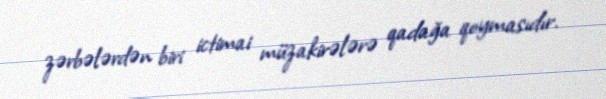
zərbələrdən biri ictimai müzakirələrə qadağa qoymasıdır.